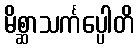
မိစ္ဆာသင်္ကပ္ပေါတိ